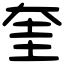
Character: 奎